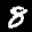
Label: 8